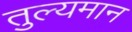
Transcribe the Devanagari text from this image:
तुल्यमान